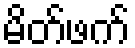
မိတ်ဖက်